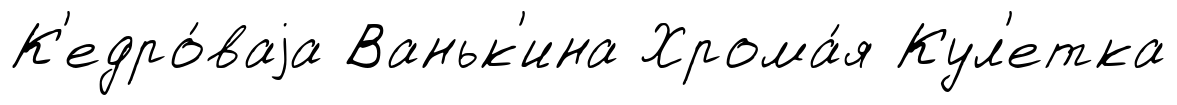
К'едро́ваjа Ваньк'ина Хрома́я Кул'етка